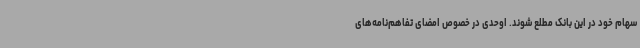
سهام خود در این بانک مطلع شوند. اوحدی در خصوص امضای تفاهم‌نامه‌های